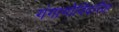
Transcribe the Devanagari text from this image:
गंगागोविंदसिंह